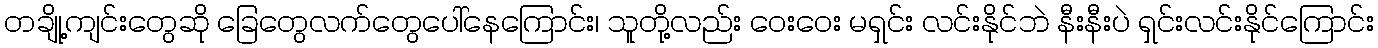
တချို့ကျင်းတွေဆို ခြေတွေလက်တွေပေါ်နေကြောင်း၊ သူတို့လည်း ဝေးဝေး မရှင်း လင်းနိုင်ဘဲ နီးနီးပဲ ရှင်းလင်းနိုင်ကြောင်း